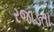
રજાડતા